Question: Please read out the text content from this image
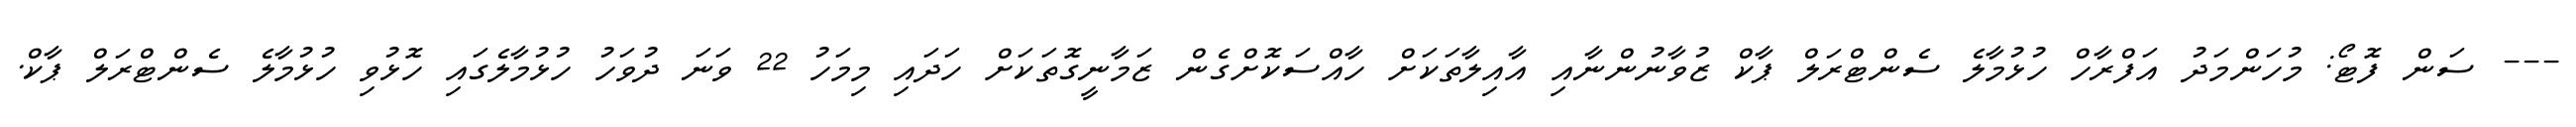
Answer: --- ސަން ފޮޓޯ: މުހަންމަދު އަފްރާހް ހުޅުމާލެ ސެންޓްރަލް ޕާކް ޒުވާނުންނާއި އާއިލާތަކަށް ހާއްސަކޮށްގެން ޒަމާނީގޮތަކަށް ހަދައި މިމަހު 22 ވަނަ ދުވަހު ހުޅުމާލެގައި ހޮޅުވި ހުޅުމާލެ ސެންޓްރަލް ޕާކް.